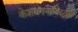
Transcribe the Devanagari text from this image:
केशवपनाविरुद्धही